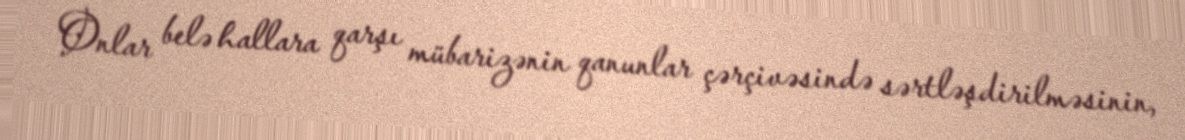
Onlar belə hallara qarşı mübarizənin qanunlar çərçivəsində sərtləşdirilməsinin,